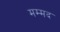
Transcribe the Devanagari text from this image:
मम्मद